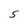
Character: S